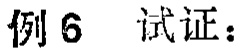
例6 试证：